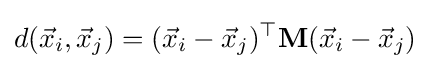
d({\vec {x}}_{i},{\vec {x}}_{j})=({\vec {x}}_{i}-{\vec {x}}_{j})^{\top }\mathbf {M} ({\vec {x}}_{i}-{\vec {x}}_{j})